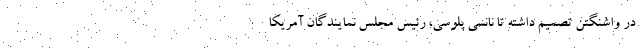
در واشنگتن تصمیم داشته تا نانسی پلوسی، رئیس مجلس نمایندگان آمریکا